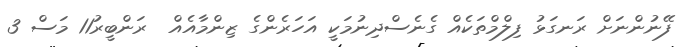
ފޭނުންނަށް ރަނގަޅު ފިލްމްތަކެއް ގެނެސްދިނުމަކީ އަހަރެންގެ ޒިންމާއެއް  ރަންބީރު11 މަސް 3